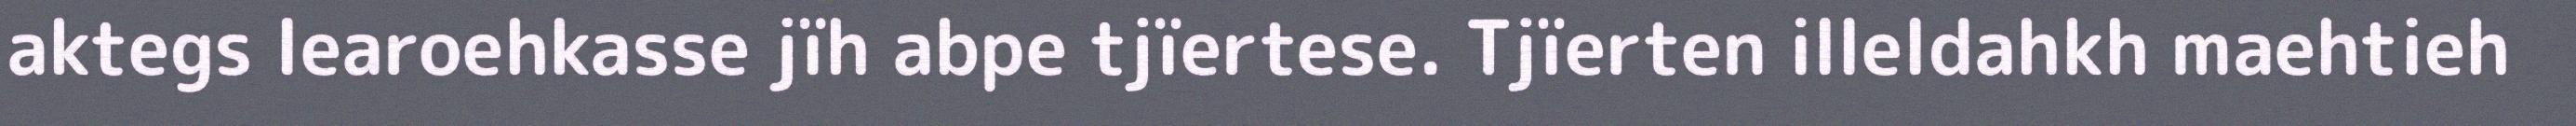
aktegs learoehkasse jïh abpe tjïertese. Tjïerten illeldahkh maehtieh